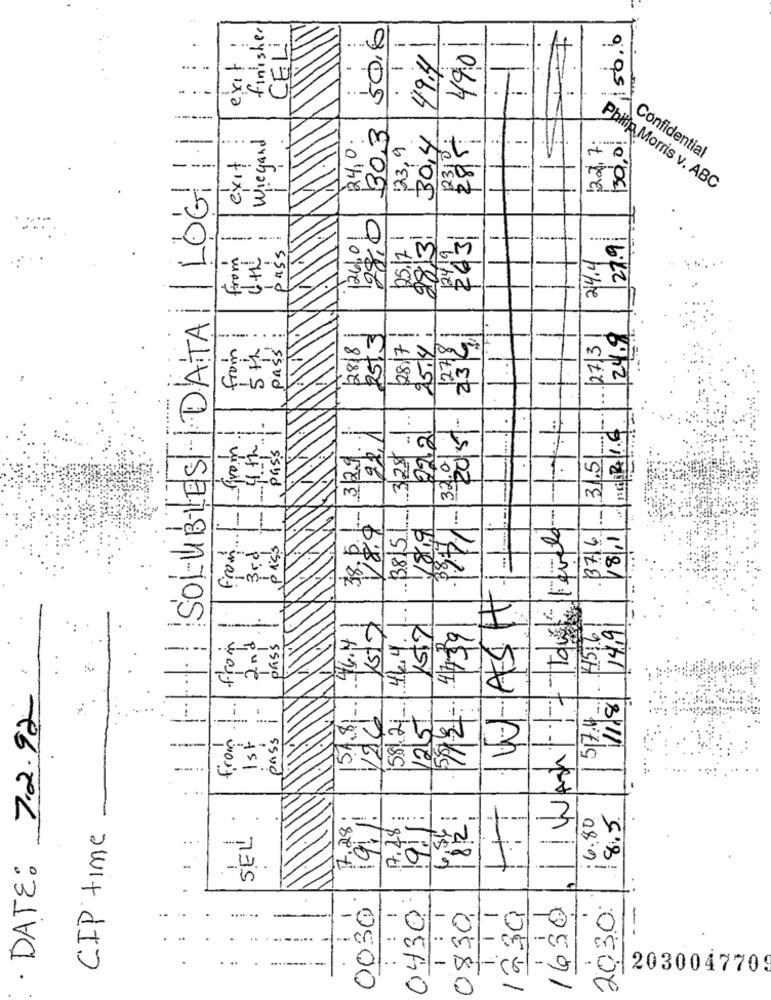
finisher
50.6
Hitill
CELi
56.6
--
490
49.4
exit
SOLUBLES DATA LOG
30,3
Wiegand
24,0.
30,4
23.9
22.7.
130,01
exit
Confidential
Philip Morris v. ABC
28/3!
2431
27.9
------ ---
ass
0
-
From
24.4
1
24.9
28/8
25.3
28/7
25.14:
127/81
23/9/
27/3
from
5th
pass
..
..
22.2
9/1-32015-
PS :18 1.6
22,1
1 --- from
4th
pass
-
329.
it
31.5
=
1.
WASH
38.50-
--
38151
From
3716
18/11
3rd
piss
46.4 1
44.4.
4516
14,9
from
2 m2
pass
---
DATE: 7.2.92
-.
15.8
124
58/21
12/5t
517:4
--
from
1st
pass
---
...
-
17.28;
9.1.
9.1
16.80
8:5
CIP time
SEL
3
. .
-
-
1630
1
0030
0430
: 1
1. 1 1
1230
20,30
--
0830
-
..
...
2030047709